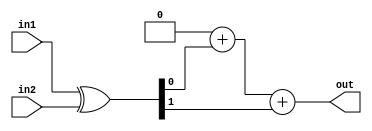
module hammingdis(
in1,
in2,
out
    );

parameter r=2;

input[r-1:0] in1;
input[r-1:0] in2;
output reg[r-1:0] out;

reg[7:0] i;

reg[r-1:0] inxor;

always@(in1,in2)begin
    inxor=in1^in2;
    out=0;
    for(i=0;i<r;i=i+1)begin
        out=out+inxor[i];
    end
end

endmodule